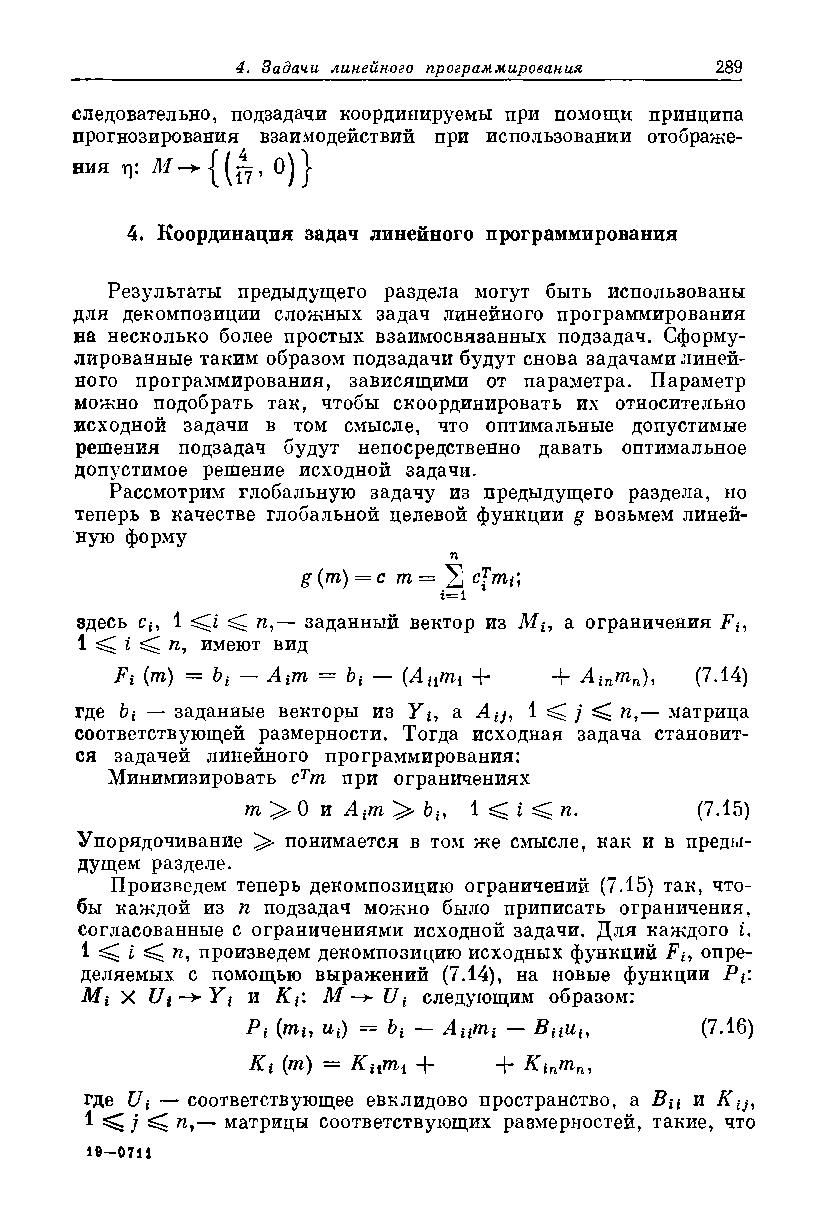
следовательно, подзадачи координируемы при помощи принципа
 прогнозирования взаимодействий при использовании отображе-
 о) j
 ния х\:
 4. Координация задач линейного программирования
 Результаты предыдущего раздела могут быть использованы
 для декомпозиции сложных задач линейного программирования
 на несколько более простых взаимосвязанных подзадач. Сформу­
 лированные таким образом подзадачи будут снова задачами линей­
 ного программирования, зависящими от параметра. Параметр
 можно подобрать так, чтобы скоординировать их относительно
 исходной задачи в том смысле, что оптимальные допустимые
 решения подзадач будут непосредственно давать оптимальное
 допустимое решение исходной задачи.
 Рассмотрим глобальную задачу из предыдущего раздела, но
 теперь в качестве глобальной целевой функции g возьмем линей­
 ную форму
 п
 g{m) = c т= 2 с1тй
 г—1
 здесь си 1 ^ 5^ ft,— заданный вектор из Л/*, а ограничения Ft,
 1 <С £ <С ft, имеют вид
 Ft (т) = bt — Aim = bt — {Ацтх + + Ainmn), (7.14)
 где bi — заданные векторы из У*, a Atj, 1 ^ ^ ft,— матрица
 соответствующей размерности. Тогда исходная задача становит­
 ся задачей линейного программирования:
 Минимизировать сТт при ограничениях
 ш > 0 и А{т Ьь 1 ^ ^ ft.      (7.15)
 Упорядочивание ^ понимается в том же смысле, как и в преды­
 дущем разделе.
 Произведем теперь декомпозицию ограничений (7.15) так, что­
 бы каждой из ft подзадач можно было приписать ограничения,
 согласованные с ограничениями исходной задачи. Для каждого £,
 1 ^  ^ ft, произведем декомпозицию исходных функций Ft, опре­
 деляемых с помощью выражений (7.14), на новые функции Pt:
 Mi X Ui~+Yi и Kt: М Ui следующим образом:
 Pi   ^i) bi  AiilTli Вци(,    (/.16)
 Ki (m) = КИтх + + Kinmn,
 где Ui — соответствующее евклидово пространство, & В ц и К и,
 1 ^ j ^ ft,— матрицы соответствующих размерностей, такие, что
 19—0711